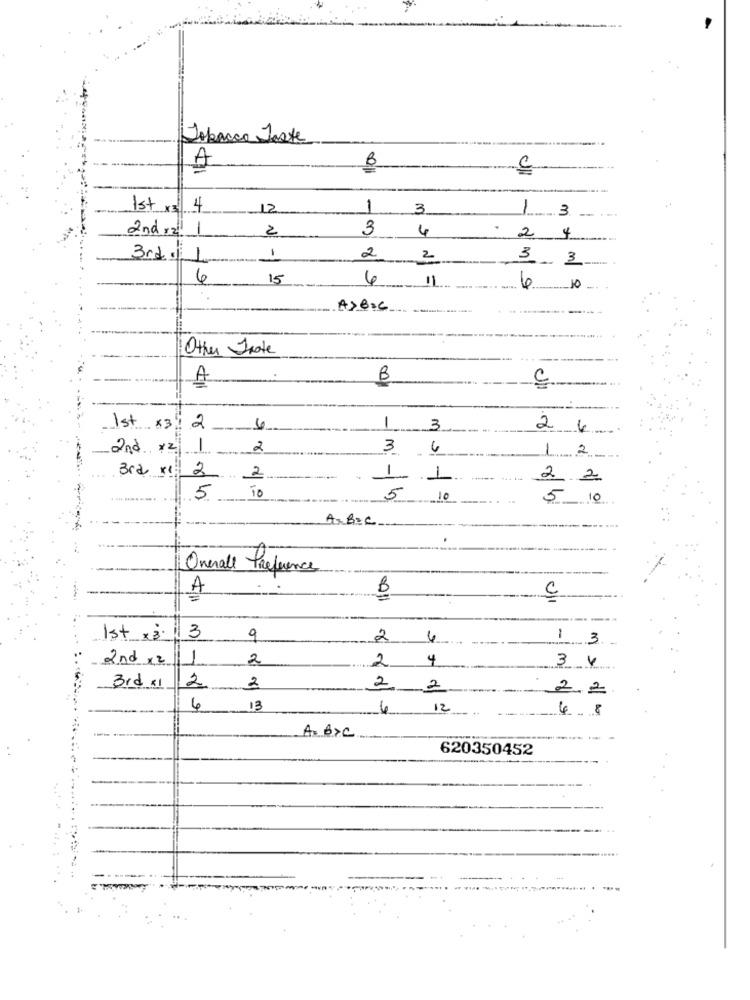
Tobacco Taste
A
B
C
Ist x$ 4
12
1
3
-
2nd ral 1
2
3
4
2 4
1
3rd . 1
2
2
3.
3
6
15
4
11
. -
4
10
A>B=6
Other Inate
A
B
C
1st x3
2
6
3
2 4
2nd xz.1
2
3 6
1 2
Bra xx
2
. 2
1 1
2 2
5
To
5 10
5 10
AB=c
Overall Preference
A
B
C
1st x 3.
3
9
2
4
1 3
2nd × 2
2
2
4
3 4
3rd x1
2
2
2 2
2.2
6
13
4 12
4.8
A= B>C
620350452